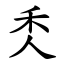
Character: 秂